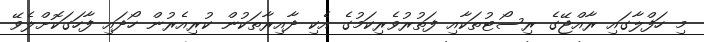
މި ހަފްލާގައި ރާއްޖޭގެ ރިސޯޓުތަކާއި ފަތުރުވެރިކަމުގެ އެކި ދާއިރާތަކުން ކުރިއެރުން ހޯދައި ފާހަގަކޮށްލެވޭ